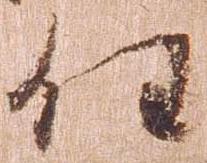
任